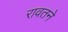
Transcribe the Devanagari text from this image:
रावतने